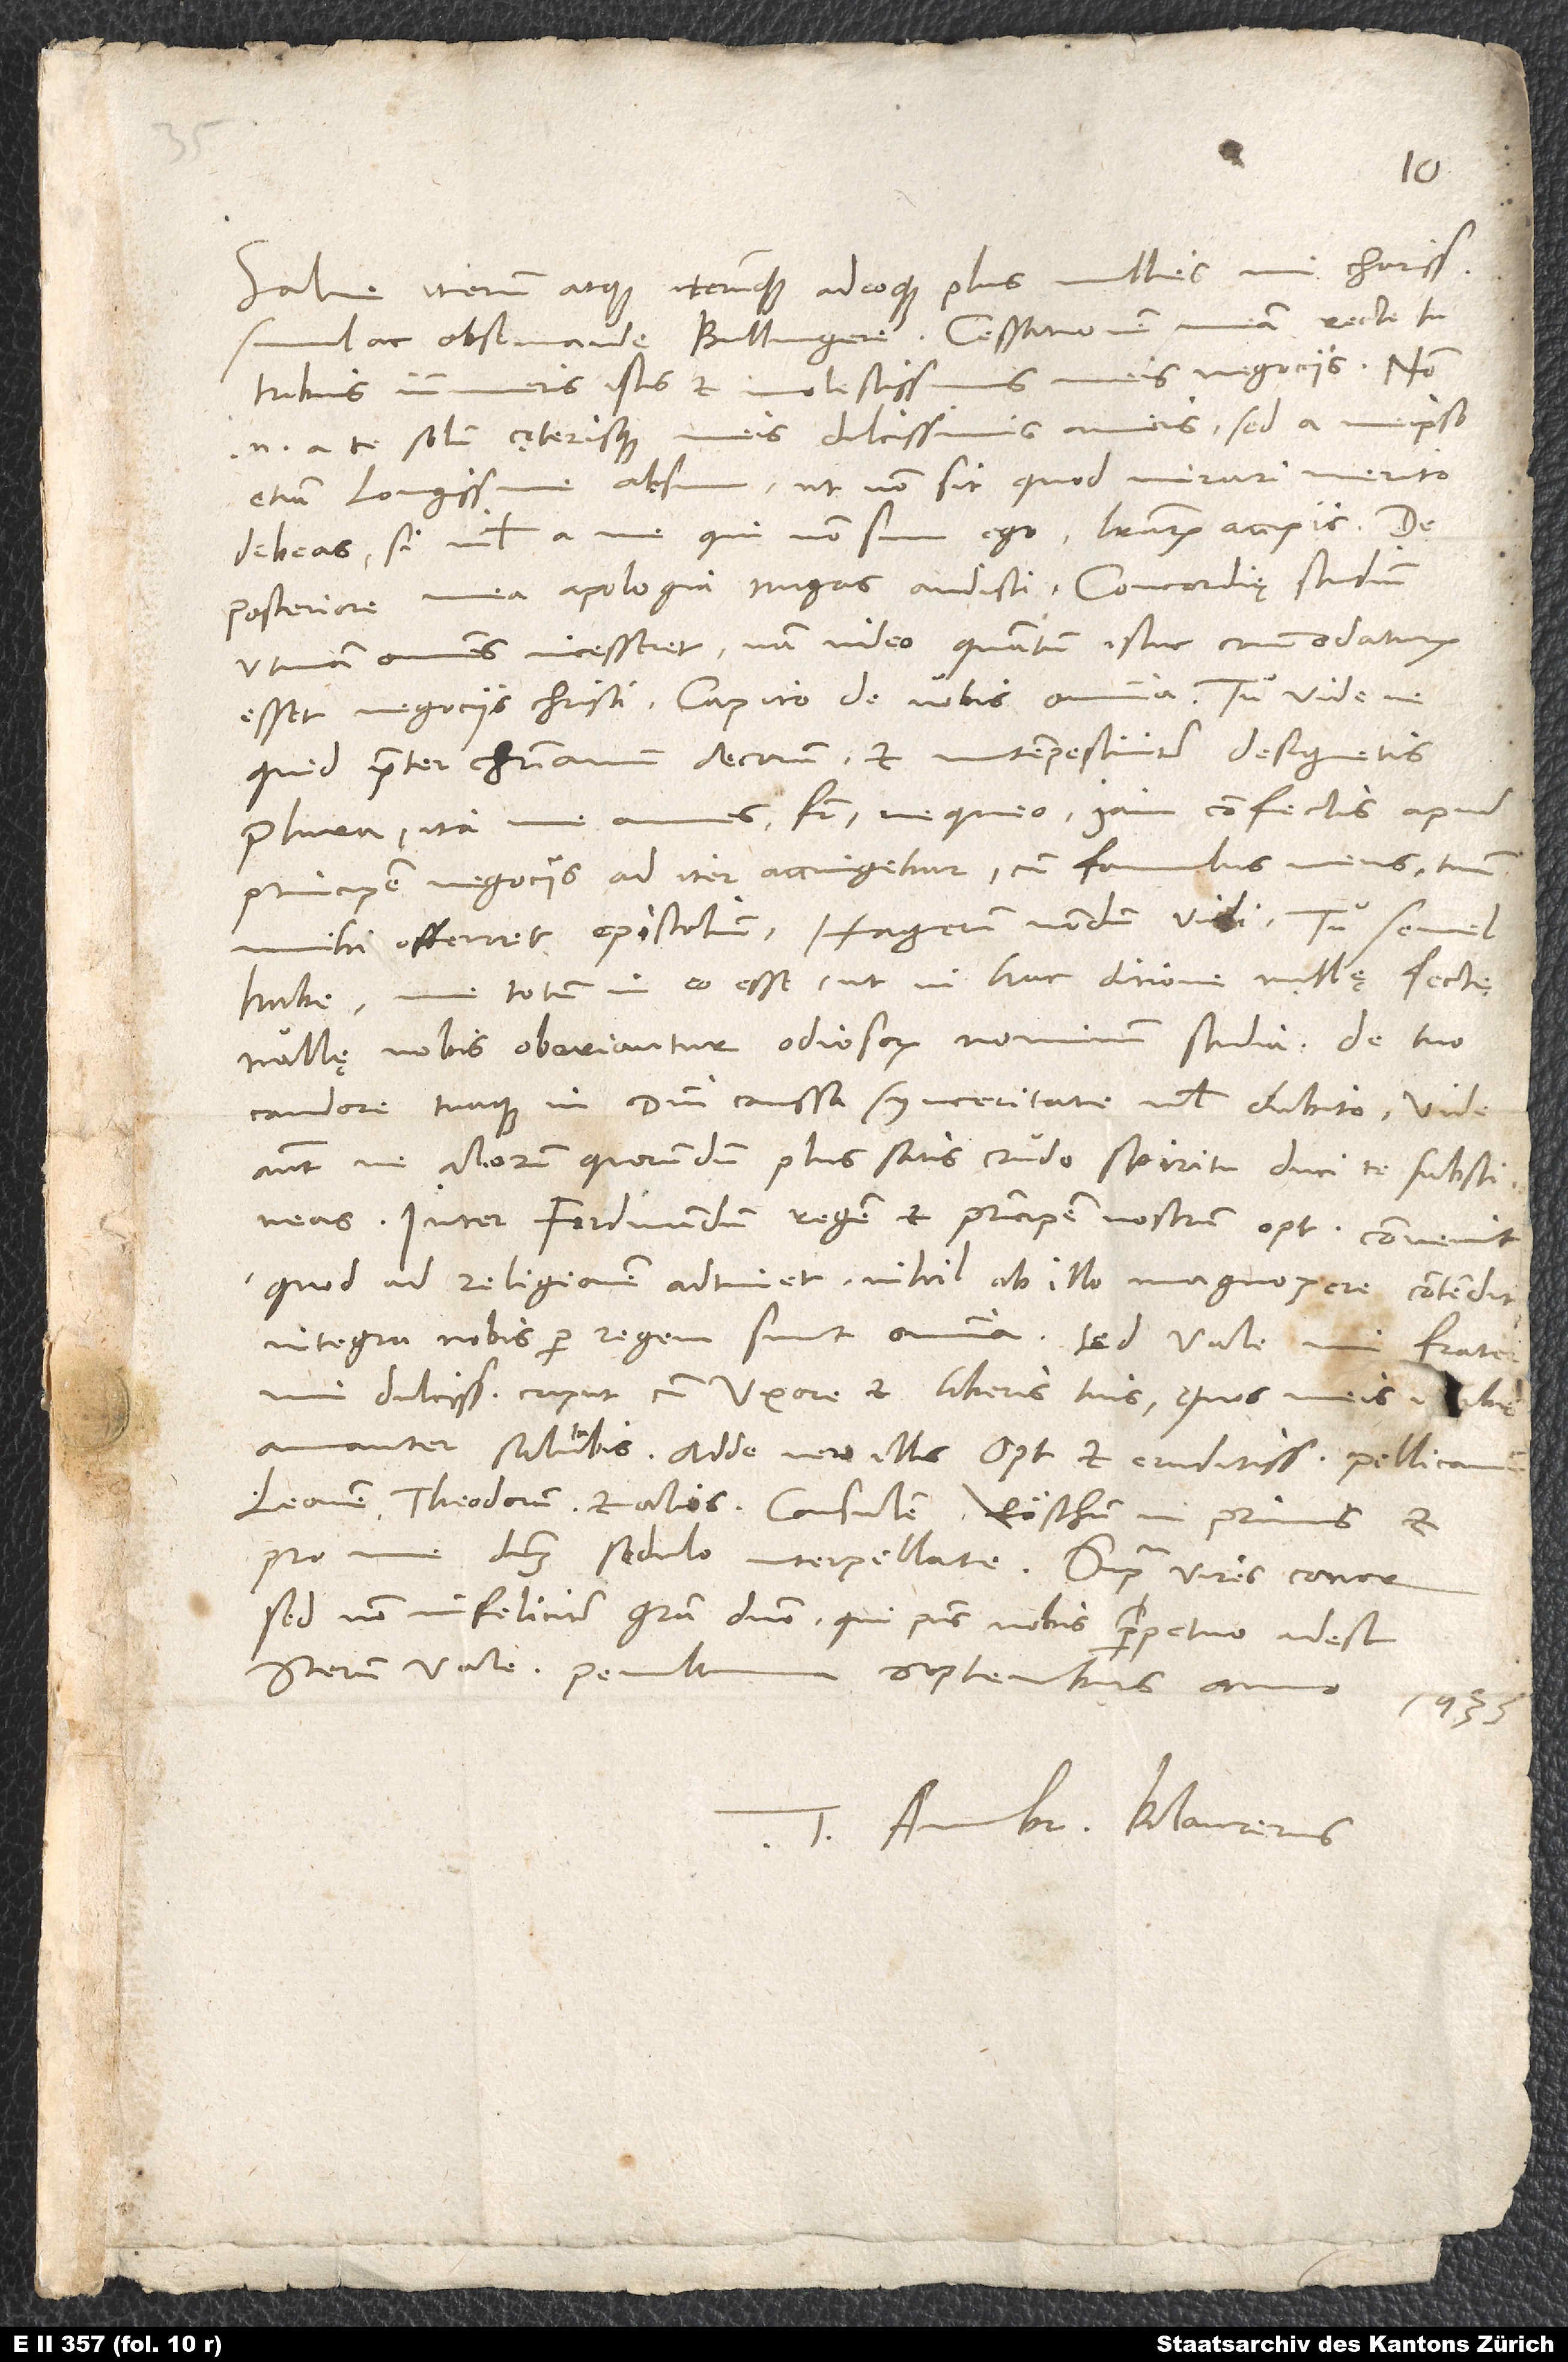
Salve iterum atque iterumque adeoque plus millies, mi charissime
tribuis innumeris istis et molestissimis meis negociis. Non
enim a te solum cęterisque meis dulcissimis amicis, sed a meipso
etiam longissime absum, ut non sit, quod mirari merito
debeas, si nihil a me, qui non sum ego, literarum accipis.
posteriore mea apologia nugas audisti. Concordię studium
utinam omnes incesseret! Nam video, quantum istuc commodaturum
esset negociis Christi. Capito de vobis omnia. Tu vide, ne
quid praeter christianum decorum et intempestiviter designetis.
principem negociis ad iter accingebar, cum famulus meus tuum
mihi offerret epistolium. Hagerum nondum vidi. Tu semel
habe me totum in eo esse, ut in hac ditione nullę sectę,
nullę nobis oboriantur odiosorum nominum studia. De tuo
candore tuaque in domini caussa synceritate nihil dubito. Vide
autem, ne aliorum quorundam plus satis crudo spiritu duci te substineas.
Inter Ferdinandum regem et principem nostrum optime convenit.
Quod ad religionem adtinet, nihil ab illo magnopere contendit;
mi dulcissime caput, cum uxore et liberis tuis, quos meis vrbis
amanter salutabis, adde vero illis optimos et eruditissimos Pellicanum,
Leonem, Theodorum et alios, consulem Röschum in primis, et
pro me dominum sedulo interpellate. Supra vires conor,
sed non infeliciter, gratia domino, qui praesens nobis perpetuo adest.
Tuus Ambr. Blaurerus.